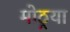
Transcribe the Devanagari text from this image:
मोठ्रया